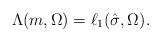
LaTeX: \begin{align*}\Lambda(m,\Omega)= \ell_1(\hat{\sigma},\Omega).\end{align*}